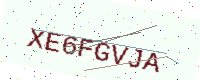
Text: XE6FGVJA